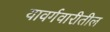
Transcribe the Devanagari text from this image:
यावर्गवारीतील